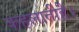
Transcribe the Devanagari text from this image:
कहलातीहै।